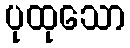
ပုထုသော